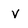
Character: v